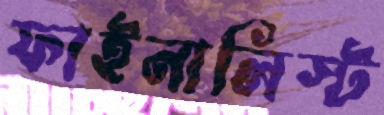
ফাইনালিস্ট